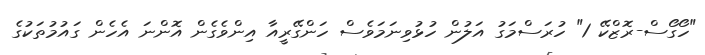
"ހޯގޯސް-ރޮޒްކޭ 1" ހުރަސްމަގު އަލުން ހުޅުވިނަމަވެސް ހަންގޭރީއާ އިންވެގެން އޮންނަ އެހެން ގައުމުތަކުގެ